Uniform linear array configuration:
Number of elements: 8
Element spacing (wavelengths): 1
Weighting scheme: uniform
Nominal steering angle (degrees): -30
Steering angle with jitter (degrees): -31.482
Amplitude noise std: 0.05
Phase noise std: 0.05

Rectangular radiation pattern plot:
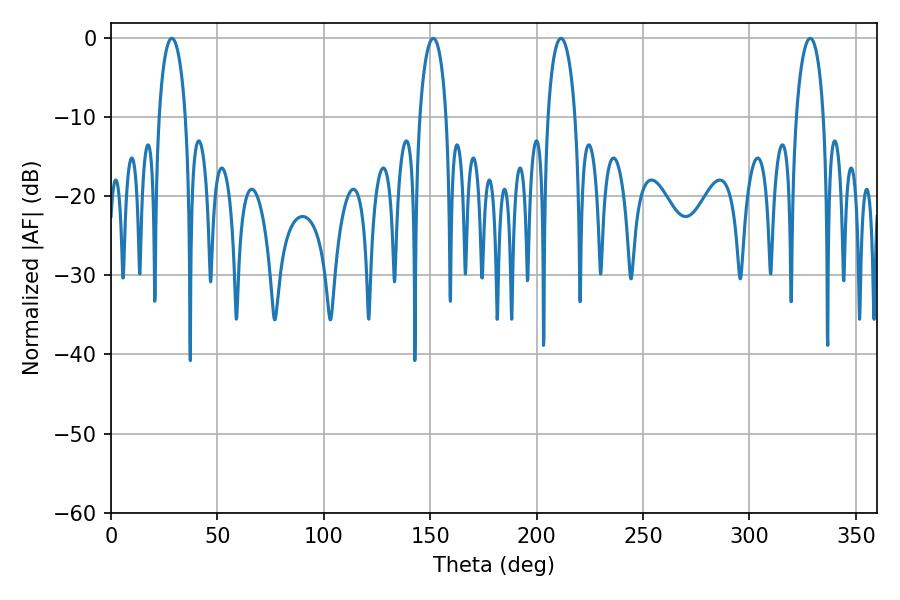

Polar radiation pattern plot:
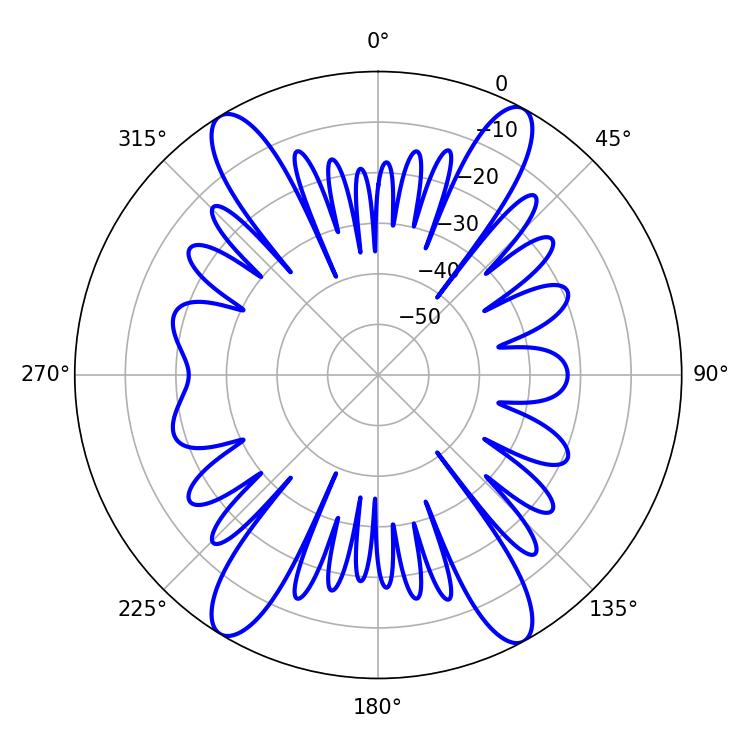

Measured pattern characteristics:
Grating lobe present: TRUE
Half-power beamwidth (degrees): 7.2
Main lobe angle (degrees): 28.62